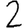
Digit: 2